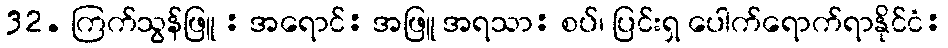
32. ကြက်သွန်ဖြူ : အရောင်: အဖြူ အရသာ: စပ်၊ ပြင်းရှ ပေါက်ရောက်ရာနိုင်ငံ: